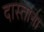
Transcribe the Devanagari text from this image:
दास्ताना